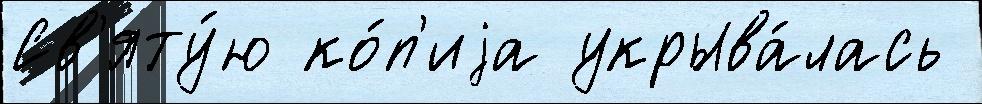
Св'яту́ю ко́п'иjа укрыва́лась